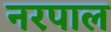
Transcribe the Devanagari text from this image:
नरपाल